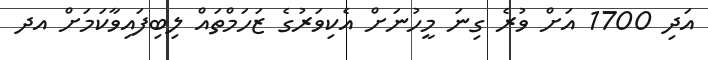
އަދި 1700 އަށް ވުރެ ގިނަ މީހުނަށް އެކިވަރުގެ ޒަހަމްތައް ލިބިފައިވާކަމަށް އދ